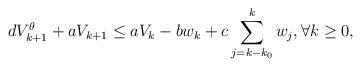
LaTeX: \begin{align*}d V^\theta_{k+1} +a V_{k+1}\leq a V_k -b w_k+ c\sum_{j=k-k_0}^k w_j, \forall k\ge0,\end{align*}